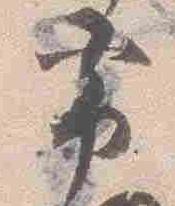
帯